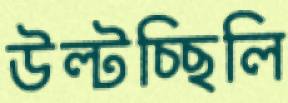
উল্‌টচ্ছিলি